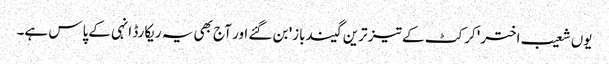
یوں شعیب اختر 'کرکٹ کے تیز ترین گیندباز' بن گئے اور آج بھی یہ ریکارڈ انہی کےپاس ہے۔